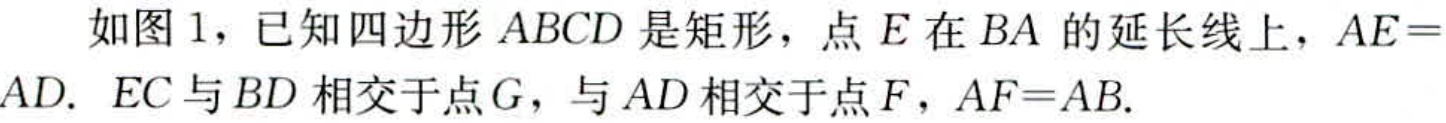
如图1，已知四边形\(ABCD\)是矩形，点\(E\)在\(BA\)的延长线上，\(AE = AD\). \(EC\)与\(BD\)相交于点\(G\)，与\(AD\)相交于点\(F\)，\(AF = AB\).